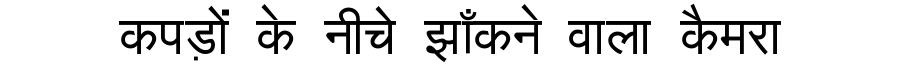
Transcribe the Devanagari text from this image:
कपड़ों के नीचे झाँकने वाला कैमरा